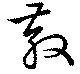
散